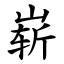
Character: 崭